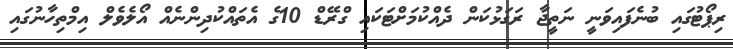
ރިޕޯޓުގައި ބުނެފައިވަނީ ނަތީޖާ ރަގަޅުކަން ދެއްކުމަށްޓަކައި ގްރޭޑް 10ގެ އެތައްކުދިންނެއް އޯލެވެލް އިމްތިހާނުގައި